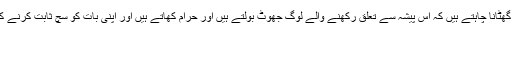
لہذا جو لوگ اس غیر معمولی پروفیشنل کورس کی اہمیت کو یہ کہہ کر گھٹانا چاہتے ہیں کہ اس پیشہ سے تعلق رکھنے والے لوگ جھوٹ بولتے ہیں اور حرام کھاتے ہیں اور اپنی بات کو سچ ثابت کرنے کے لیے اکبر الہٰ آبادی کے ایک خاص نظری کے تحت کہے گئے شعر:
لو آج ہم بھی صاحب اولاد ہو گیے
کا سہارا لیتے ہیں۔